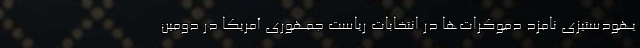
یهودستیزی نامزد دموکرات‌ها در انتخابات ریاست جمهوری آمریکا در دومین